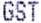
GST